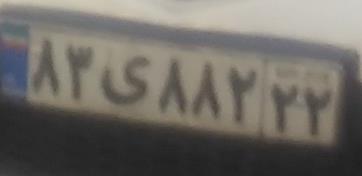
۸۳ی۸۸۲۲۲